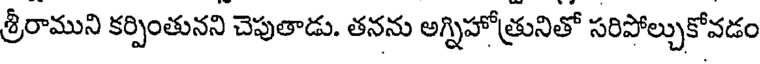
శ్రీరాముని కర్పింతునని చెపుతాడు. తనను అగ్నిహోత్రునితో సరిపోల్చుకోవడం